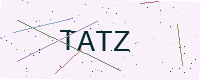
Text: TATZ